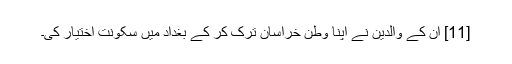
[11] ان کے والدین نے اپنا وطن خراسان ترک کر کے بغداد میں سکونت اختیار کی۔